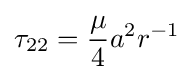
\tau _{22}={\frac {\mu }{4}}a^{2}r^{-1}